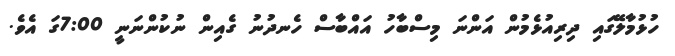
ހުޅުމާލޭގައި ދިރިއުޅެމުން އަންނަ މިސްބާހު އައްބާސް ހެނދުނު ގެއިން ނުކުންނަނީ 7:00ގަ އެވެ.